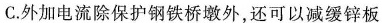
C.外加电流除保护钢铁桥墩外，还可以减缓锌板